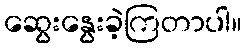
ဆွေးနွေးခဲ့ကြတာပါ။